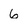
Character: 6